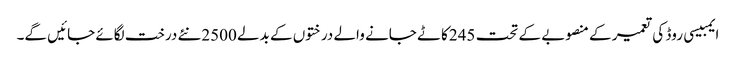
ایمبیسی روڈ کی تعمیر کے منصوبے کے تحت 245کاٹے جانے والے درختوں کے بدلے 2500نئے درخت لگائے جائیں گے۔